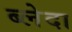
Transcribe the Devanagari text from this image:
ब्लेदा